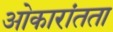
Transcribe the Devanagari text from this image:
ओकारांतता